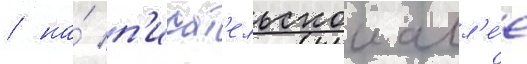
/ на́ п'исат'ельскои алл'е́е